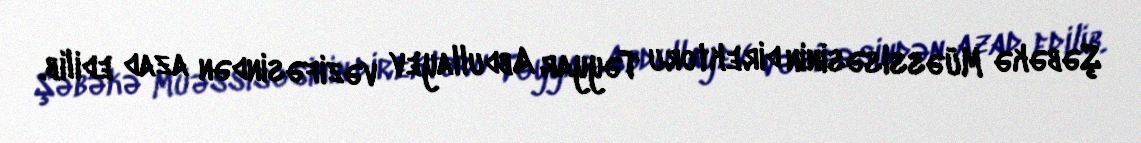
Şəbəkə Müəssisəsinin direktoru Təyyar Abdullayev vəzifəsindən azad edilib.